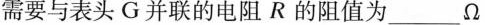
需要与表头G并联的电阻R的阻值为___Ω